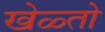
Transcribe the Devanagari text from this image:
खेळ्तो